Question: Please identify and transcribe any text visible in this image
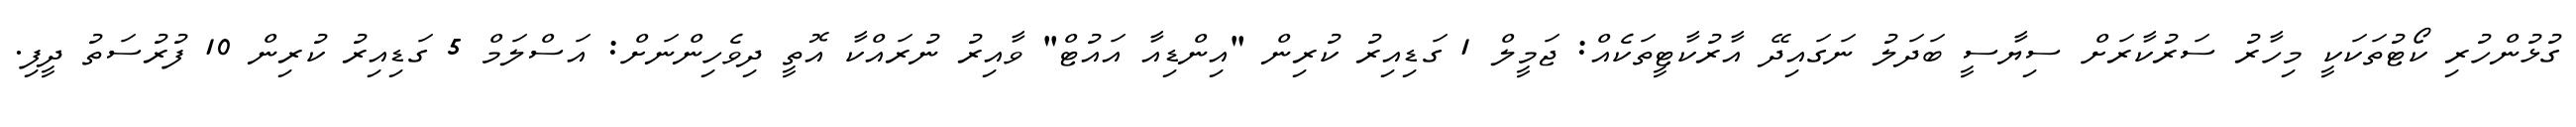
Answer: ގުޅުންހުރި ކޯޓުތަކަކީ މިހާރު ސަރުކާރަށް ސިޔާސީ ބަދަލު ނަގައިދޭ އާރުކާޓީތަކެއް: ޖަމީލް 1 ގަޑިއިރު ކުރިން "އިންޑިއާ އައުޓް" ވާއިރު ނުރައްކާ އޮތީ ދިވެހިންނަށް: އަސްލަމް 5 ގަޑިއިރު ކުރިން 10 ފުރުސަތު ދީފި.